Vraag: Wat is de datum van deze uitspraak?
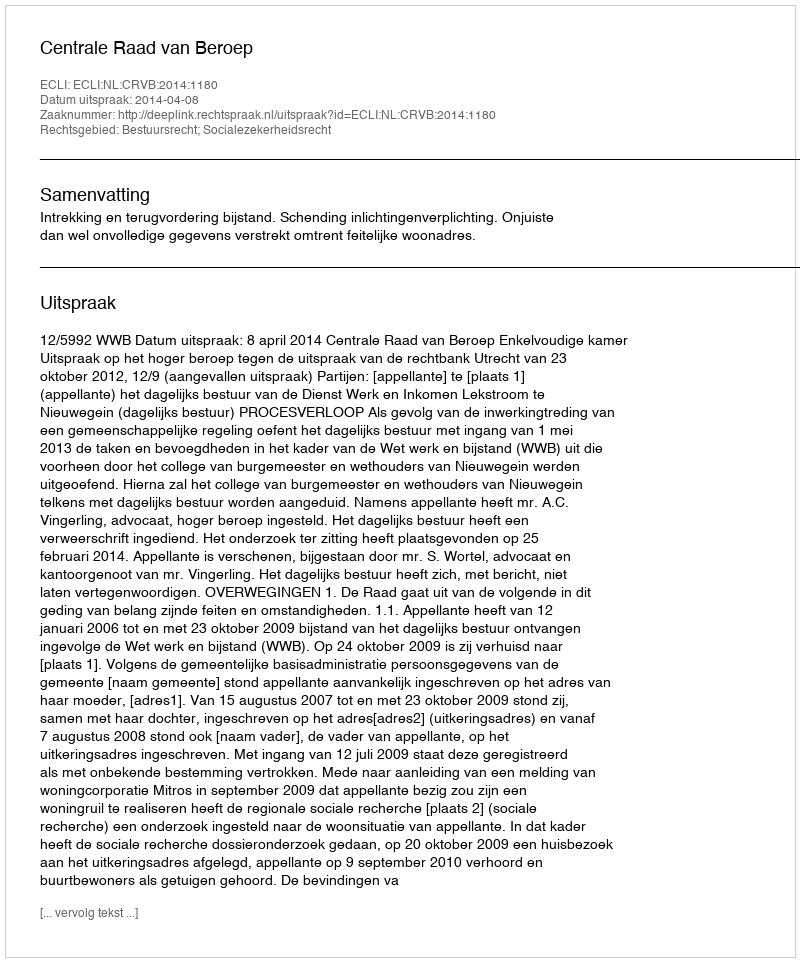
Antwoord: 2014-04-08